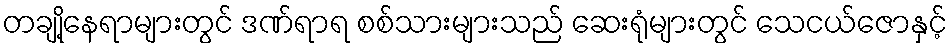
တချို့နေရာများတွင် ဒဏ်ရာရ စစ်သားများသည် ဆေးရုံများတွင် သေငယ်ဇောနှင့်